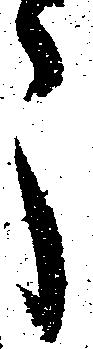
う